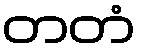
တတံ